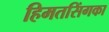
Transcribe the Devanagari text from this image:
हिमतसिंगका